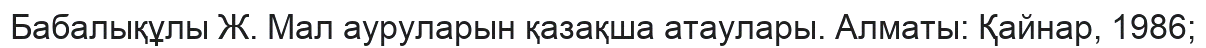
Бабалықұлы Ж. Мал ауруларын қазақша атаулары. Алматы: Қайнар, 1986;